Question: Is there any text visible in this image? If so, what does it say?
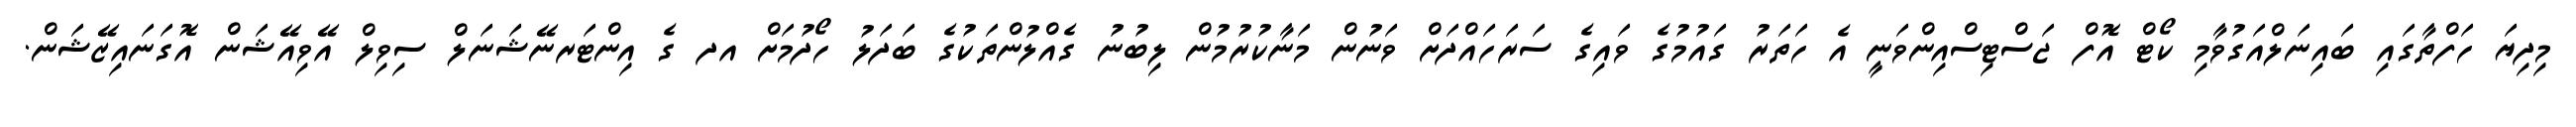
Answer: މިދިޔަ ހަފްތާގައި ބައިނަލްއަގުވާމި ކޯޓް އޮފް ޖަސްޓިސްއިންވަނީ އެ ހަތަރު ގައުމުގެ ވައިގެ ސަރަހައްދަށް ވަނުން މަނާކުރުމުން ލިބުނު ގެއްލުންތަކުގެ ބަދަލު ހޯދުމަށް އދ ގެ އިންޓަރނޭޝަނަލް ސިވިލް އޭވިއޭޝަން އޮގަނައިޒޭޝަން.